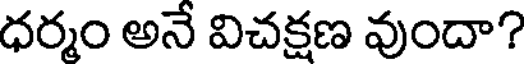
ధర్మం అనే విచక్షణ వుందా?